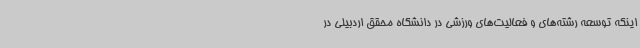
اینکه توسعه رشته‌های و فعالیت‌های ورزشی در دانشگاه محقق اردبیلی در